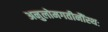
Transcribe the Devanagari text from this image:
अनुलोमगतीनौंस्थः